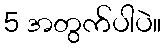
5 အတွက်ပါပဲ။